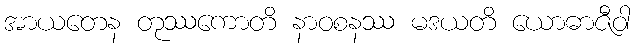
အာယတေန တုဿကောတိ နာဝစနဿ မဒယတိ ယောဓာဇီဝါ